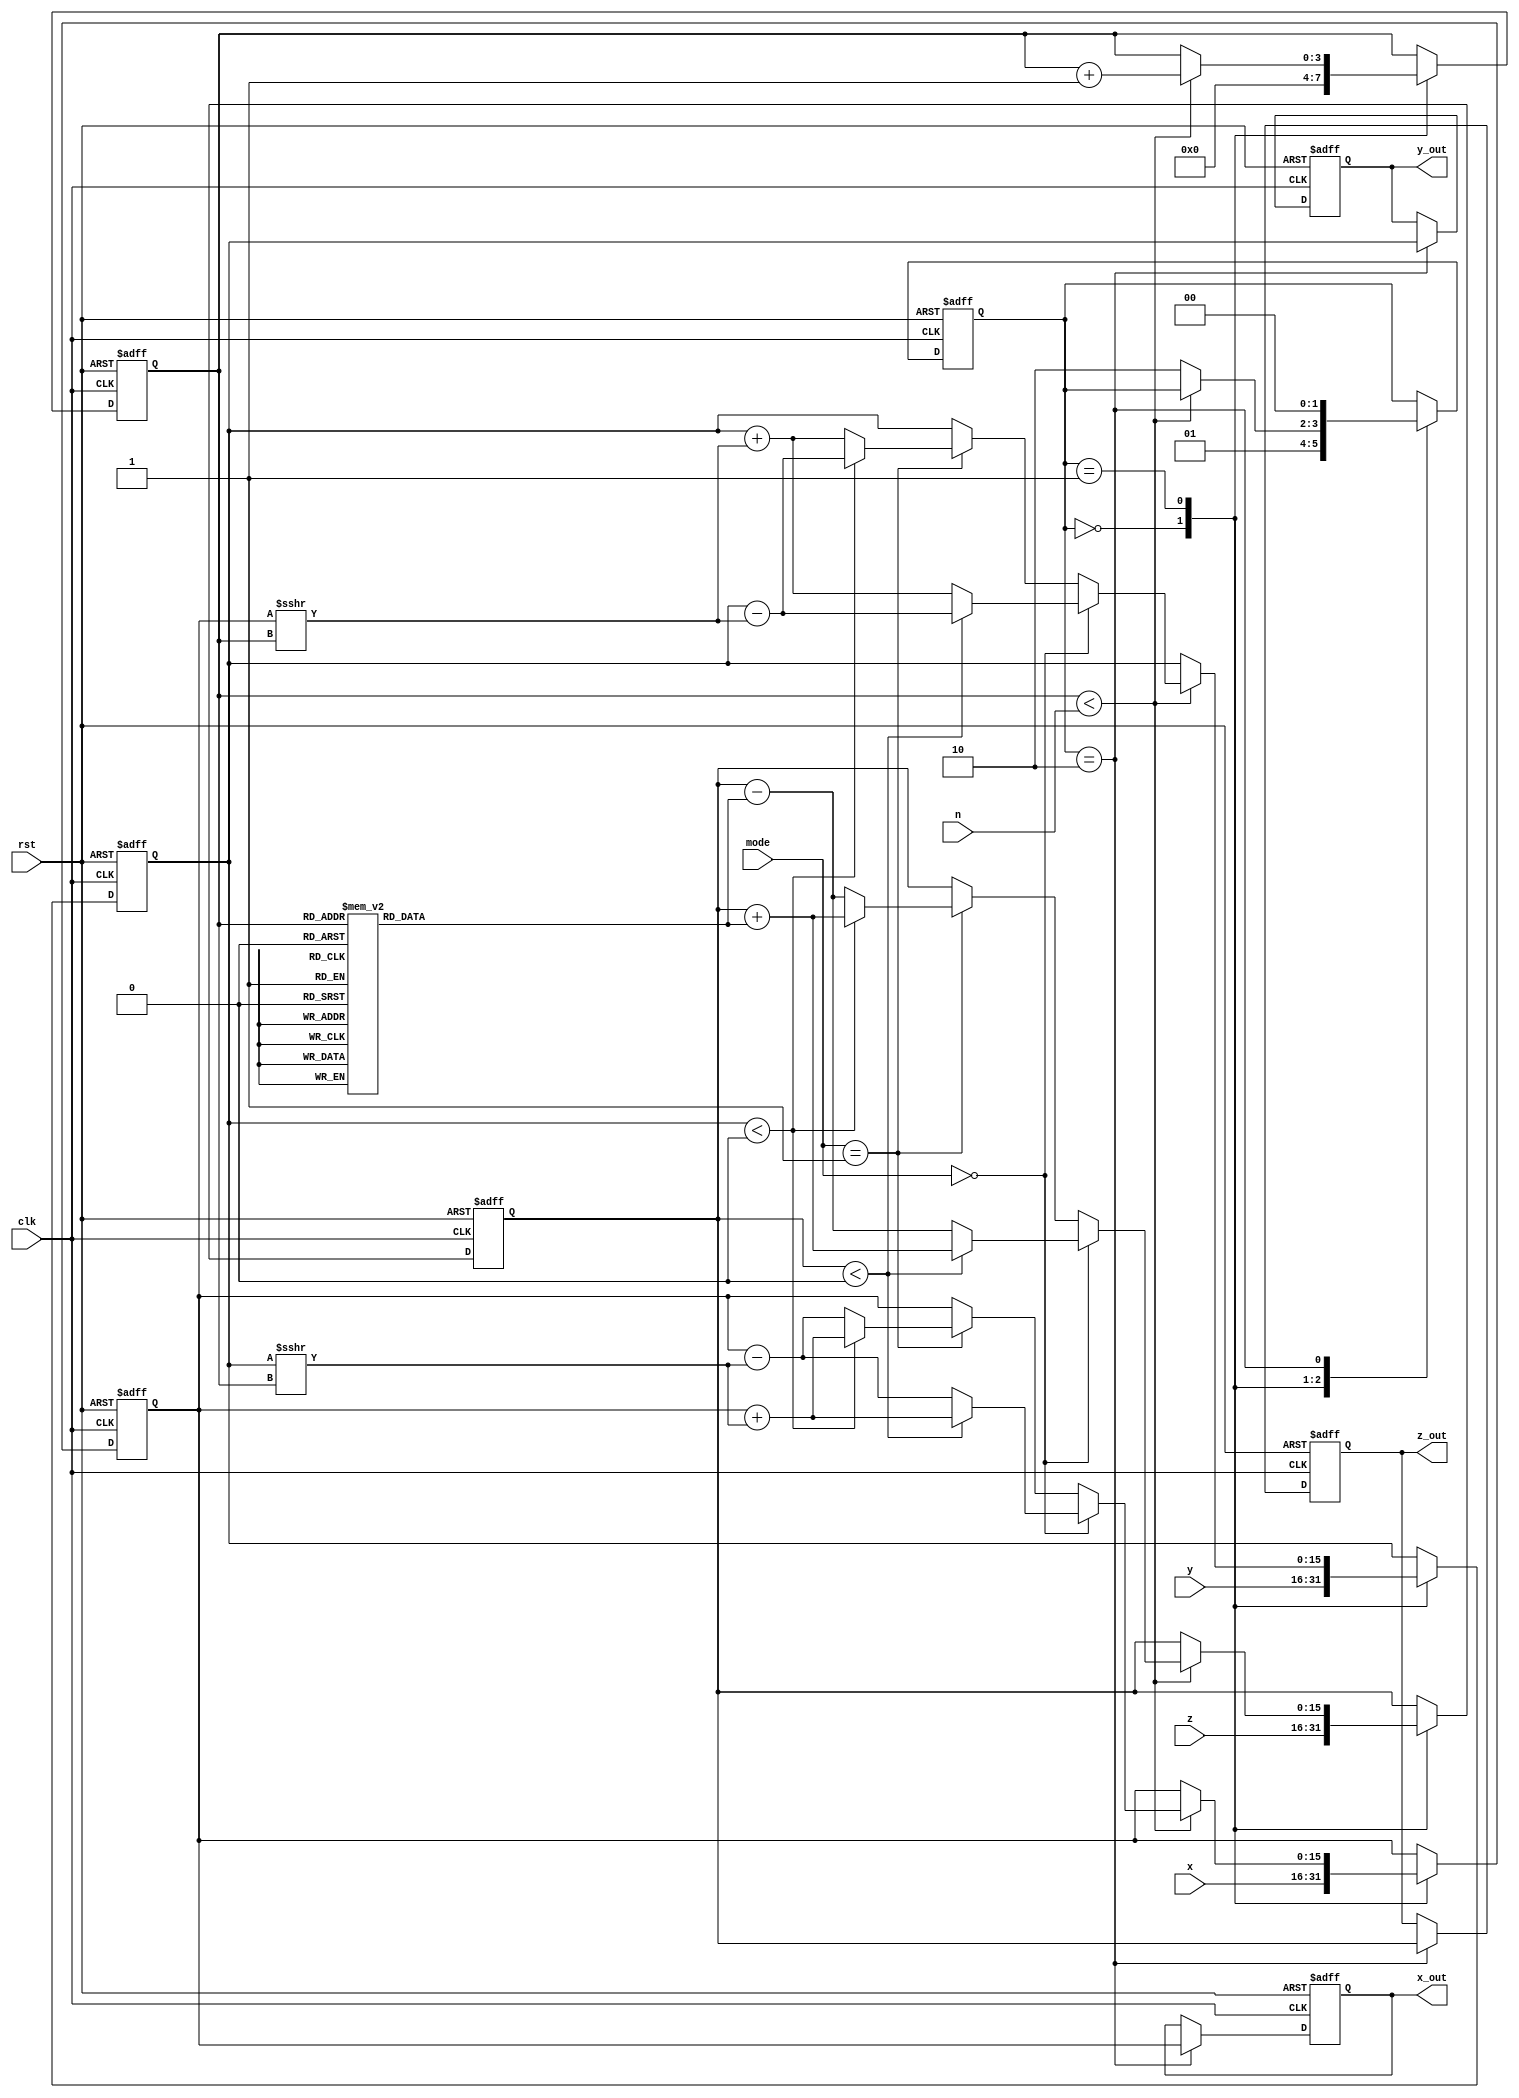
module cordic_2d (
    input wire signed [15:0] x,      // Input x-coordinate
    input wire signed [15:0] y,      // Input y-coordinate
    input wire signed [15:0] z,      // Input angle (in radians)
    input wire [1:0] mode,           // Operation mode (00: rotation, 01: vectoring)
    input wire [3:0] n,              // Number of iterations
    input wire clk,                   // Clock signal
    input wire rst,                   // Reset signal
    output reg signed [15:0] x_out,   // Output x-coordinate
    output reg signed [15:0] y_out,   // Output y-coordinate
    output reg signed [15:0] z_out     // Output angle or hyperbolic value
);

    // CORDIC parameters
    reg signed [15:0] angle_lut [0:15]; // Angle look-up table
    reg signed [15:0] x_reg, y_reg, z_reg; // Registers for x, y, z
    reg [3:0] iteration; // Iteration counter
    reg [1:0] state; // FSM state

    // Initialize angle look-up table
    initial begin
        angle_lut[0] = 16'h0000; // atan(2^0)
        angle_lut[1] = 16'h26DB; // atan(2^-1)
        angle_lut[2] = 16'h1C71; // atan(2^-2)
        angle_lut[3] = 16'h14AE; // atan(2^-3)
        angle_lut[4] = 16'h0E14; // atan(2^-4)
        angle_lut[5] = 16'h09A6; // atan(2^-5)
        angle_lut[6] = 16'h047A; // atan(2^-6)
        angle_lut[7] = 16'h022C; // atan(2^-7)
        angle_lut[8] = 16'h0111; // atan(2^-8)
        angle_lut[9] = 16'h0088; // atan(2^-9)
        angle_lut[10] = 16'h0044; // atan(2^-10)
        angle_lut[11] = 16'h0022; // atan(2^-11)
        angle_lut[12] = 16'h0011; // atan(2^-12)
        angle_lut[13] = 16'h0008; // atan(2^-13)
        angle_lut[14] = 16'h0004; // atan(2^-14)
        angle_lut[15] = 16'h0002; // atan(2^-15)
    end

    // State machine for iteration control
    always @(posedge clk or posedge rst) begin
        if (rst) begin
            x_reg <= 0;
            y_reg <= 0;
            z_reg <= 0;
            iteration <= 0;
            state <= 0;
            x_out <= 0;
            y_out <= 0;
            z_out <= 0;
        end else begin
            case (state)
                0: begin // Initialization
                    x_reg <= x;
                    y_reg <= y;
                    z_reg <= z;
                    iteration <= 0;
                    state <= 1;
                end
                1: begin // Iteration Process
                    if (iteration < n) begin
                        if (mode == 2'b00) begin // Rotation
                            if (z_reg < 0) begin
                                x_reg <= x_reg + (y_reg >>> iteration);
                                y_reg <= y_reg - (x_reg >>> iteration);
                                z_reg <= z_reg + angle_lut[iteration];
                            end else begin
                                x_reg <= x_reg - (y_reg >>> iteration);
                                y_reg <= y_reg + (x_reg >>> iteration);
                                z_reg <= z_reg - angle_lut[iteration];
                            end
                        end else if (mode == 2'b01) begin // Vectoring
                            if (y_reg < 0) begin
                                x_reg <= x_reg + (y_reg >>> iteration);
                                y_reg <= y_reg - (x_reg >>> iteration);
                                z_reg <= z_reg + angle_lut[iteration];
                            end else begin
                                x_reg <= x_reg - (y_reg >>> iteration);
                                y_reg <= y_reg + (x_reg >>> iteration);
                                z_reg <= z_reg - angle_lut[iteration];
                            end
                        end
                        iteration <= iteration + 1;
                    end else begin
                        state <= 2; // Final adjustment state
                    end
                end
                2: begin // Final adjustment
                    // Scaling factor adjustment (for simplicity, not implemented here)
                    x_out <= x_reg;
                    y_out <= y_reg;
                    z_out <= z_reg;
                    state <= 0; // Go back to initialization
                end
            endcase
        end
    end
endmodule